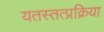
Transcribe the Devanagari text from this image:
यतस्तत्प्रक्रिया